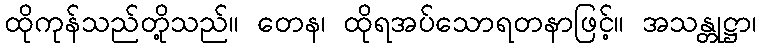
ထိုကုန်သည်တို့သည်။ တေန၊ ထိုရအပ်သောရတနာဖြင့်။ အသန္တုဋ္ဌာ၊